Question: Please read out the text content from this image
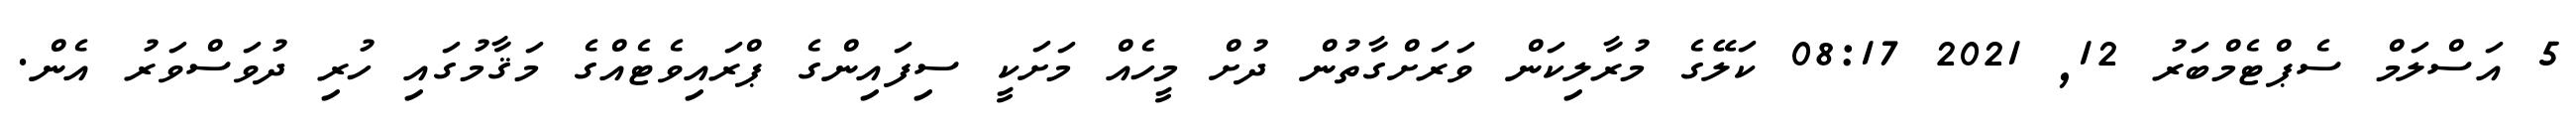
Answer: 5 އަސްލަމް ސެޕްޓެމްބަރު 12, 2021 08:17 ކަލޭގެ މުރާލިކަން ވަރަށްގާތުން ދުށް މީހެއް މަށަކީ ސިފައިންގެ ޕްރައިވެޓެއްގެ މަޤާމުގައި ހުރި ދުވަސްވަރު އެން.